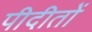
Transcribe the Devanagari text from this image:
पीदीतों